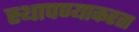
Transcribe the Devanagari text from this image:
स्थापण्याकरता